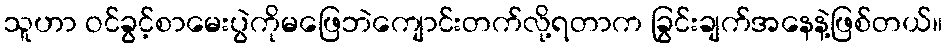
သူဟာ ဝင်ခွင့်စာမေးပွဲကိုမဖြေဘဲကျောင်းတက်လို့ရတာက ခြွင်းချက်အနေနဲ့ဖြစ်တယ်။